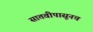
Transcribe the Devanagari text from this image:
सातवीपासूनच